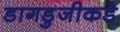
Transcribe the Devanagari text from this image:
डागडुजीकडे